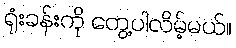
ရုံးခန်းကို တွေ့ပါလိမ့်မယ်။